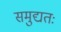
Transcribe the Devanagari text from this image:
समुद्यतः